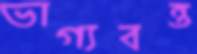
ভাগ্যবন্ত